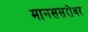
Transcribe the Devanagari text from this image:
मानससरोवर